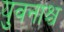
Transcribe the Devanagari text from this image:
युवनाश्च